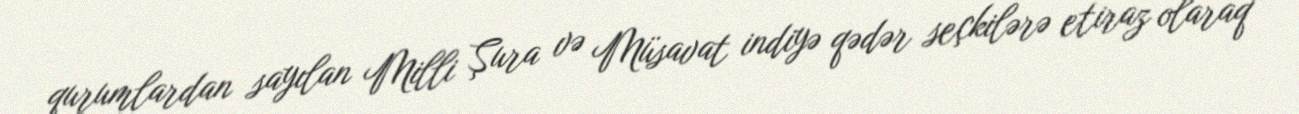
qurumlardan sayılan Milli Şura və Müsavat indiyə qədər seçkilərə etiraz olaraq